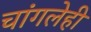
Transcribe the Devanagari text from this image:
चांगलेही